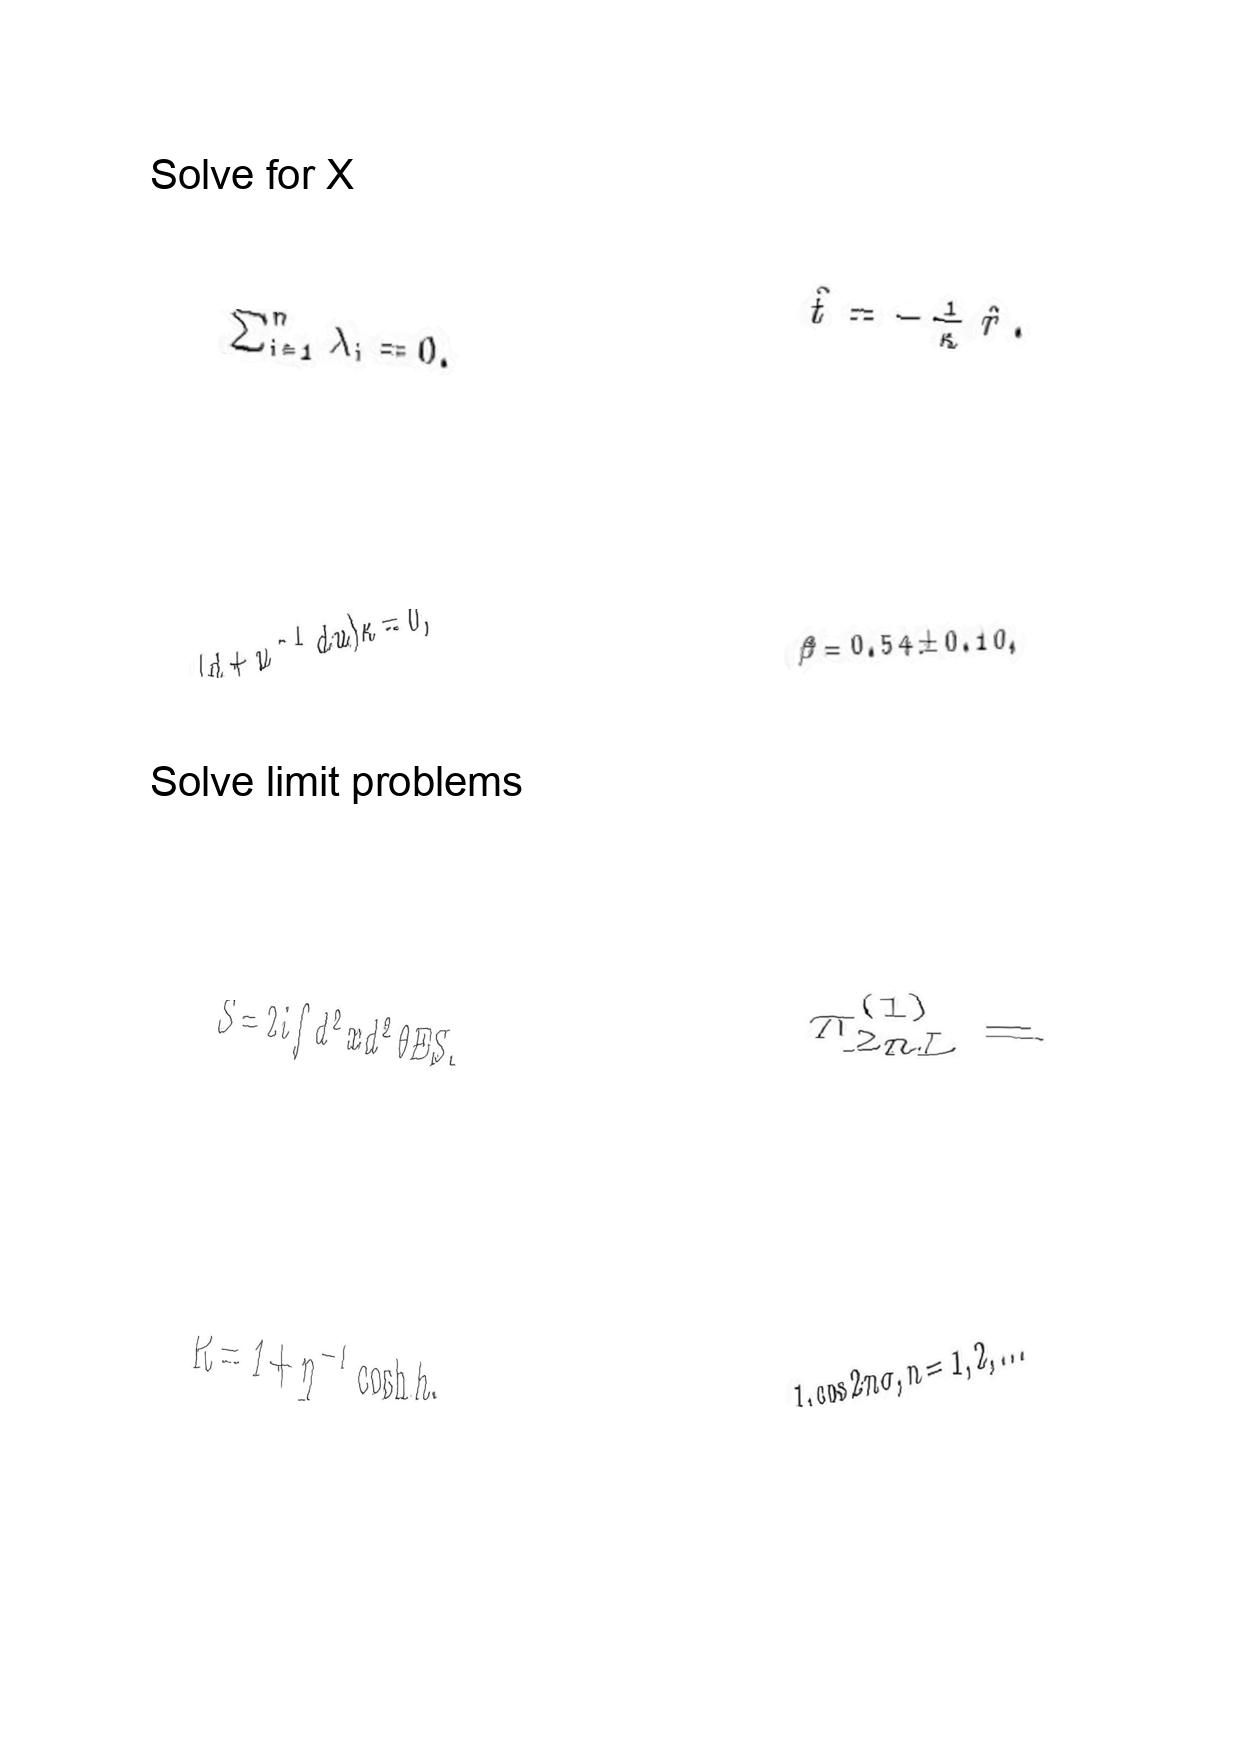
LaTeX transcription:
\sum _ { i = 1 } ^ { n } \lambda _ { i } = 0 .
\lparen d + u ^ { - 1 } d u \rparen \kappa = 0 ,
S = 2 i \int d ^ { 2 } x d ^ { 2 } \theta E S .
R = 1 + \eta ^ { - 1 } \cosh h ,
\hat { t } = - \frac { 1 } { \kappa } \hat { r } .
\beta = 0 . 5 4 \pm 0 . 1 0 ,
\pi _ { 2 n L } ^ { \lparen 1 \rparen } =
1 , \cos 2 n \sigma , n = 1 , 2 , . . .